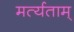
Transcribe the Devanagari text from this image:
मर्त्यताम्